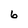
Character: 6